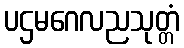
ပဌမဂေလညသုတ္တံ